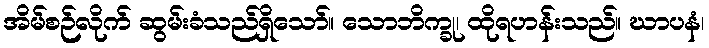
အိမ်စဉ်လိုက် ဆွမ်းခံသည်ရှိသော်။ သောဘိက္ခု၊ ထိုရဟန်းသည်။ ဃာပနံ၊